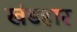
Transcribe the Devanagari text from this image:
खंडहार